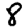
Digit: 8